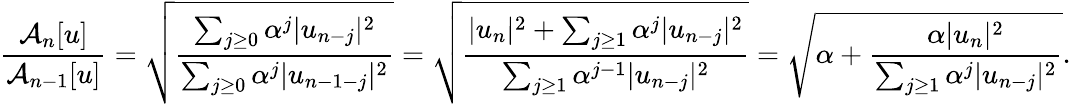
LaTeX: \frac{\mathcal{A}_{n}[u]}{\mathcal{A}_{n-1}[u]}=\sqrt{\frac{\sum_{j\ge 0}\alpha^{j}|u_{n-j}|^{2}}{\sum_{j\ge 0}\alpha^{j}|u_{n-1-j}|^{2}}}=\sqrt{\frac{|u_{n}|^{2}+\sum_{j\ge 1}\alpha^{j}|u_{n-j}|^{2}}{\sum_{j\ge 1}\alpha^{j-1}|u_{n-j}|^{2}}}=\sqrt{\alpha+\frac{\alpha|u_{n}|^{2}}{\sum_{j\ge 1}\alpha^{j}|u_{n-j}|^{2}}}.